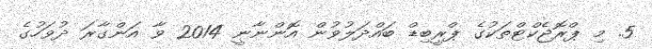
5. މި ޕްރޮޖެކްޓްތަކުގެ ޕްރީބިޑް ބައްދަލުވުން އޮންނާނީ 2014 ވާ އަންގާރަ ދުވަހުގެ